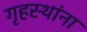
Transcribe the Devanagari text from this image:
गृहस्थांना